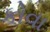
કોવા